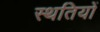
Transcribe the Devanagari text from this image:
स्थतियों